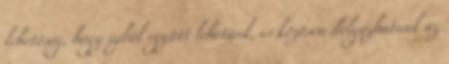
lehetőség, hogy újból együtt lehetünk, és közösen dolgozhatunk az